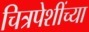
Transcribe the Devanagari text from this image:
चित्रपेशींच्या